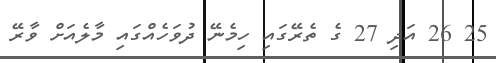
25 26 އަދި 27 ގެ ތެރޭގައި ހިމެނޭ ދުވަހެއްގައި މާލެއަށް ވާރޭ